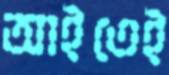
আইতেই